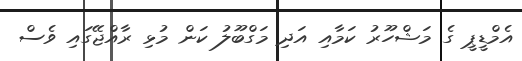
އެމްޑީޕީ ގެ މަޝްހޫރު ކަމާއި އަދި މަގްބޫލު ކަން މުޅި ރާއްޖޭގައި ވެސް